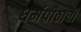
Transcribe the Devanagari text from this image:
धर्मपीठाची